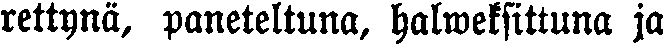
rettynä, paneteltuna, halweksittuna ja